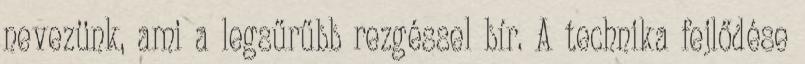
nevezünk, ami a legsűrűbb rezgéssel bír. A technika fejlődése